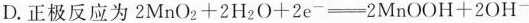
D.正极反应为$$2 M n O _ { 2 } + 2 H _ { 2 } O + 2 e { - } \xlongequal [ ] { } 2 M n O O H + 2 O H ^ { - }$$